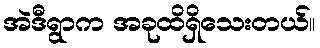
အဲဒီရွာက အခုထိရှိသေးတယ်။